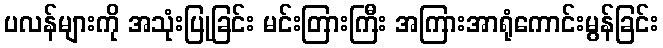
ပလန်များကို အသုံးပြုခြင်း မင်းတြားကြီး အကြားအာရုံကောင်းမွန်ခြင်း